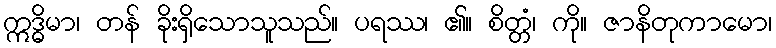
ဣဒ္ဓိမာ၊ တန် ခိုးရှိသောသူသည်။ ပရဿ၊ ၏။ စိတ္တံ၊ ကို။ ဇာနိတုကာမော၊